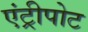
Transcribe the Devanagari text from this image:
एंट्रीपोट